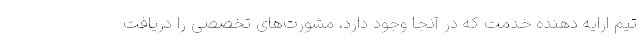
تیم ارایه دهنده خدمت که در آنجا وجود دارد، مشورت‌های تخصصی را دریافت